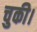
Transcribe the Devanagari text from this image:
चुकी।